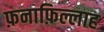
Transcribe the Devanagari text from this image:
फ़नाफ़िल्लाह